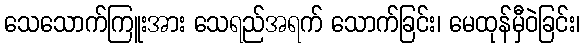
သေသောက်ကြူးအား သေရည်အရက် သောက်ခြင်း၊ မေထုန်မှီဝဲခြင်း၊